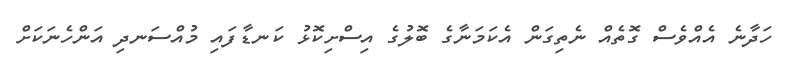
ހަދާނެ އެއްވެސް ގޮތެއް ނެތިގަން އެކަމަނާގެ ބޮލުގެ އިސްށިކޮޅު ކަނޑާފައި މުއްސަނދި އަންހެނަކަށް